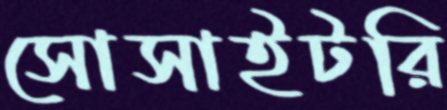
সোসাইটরি